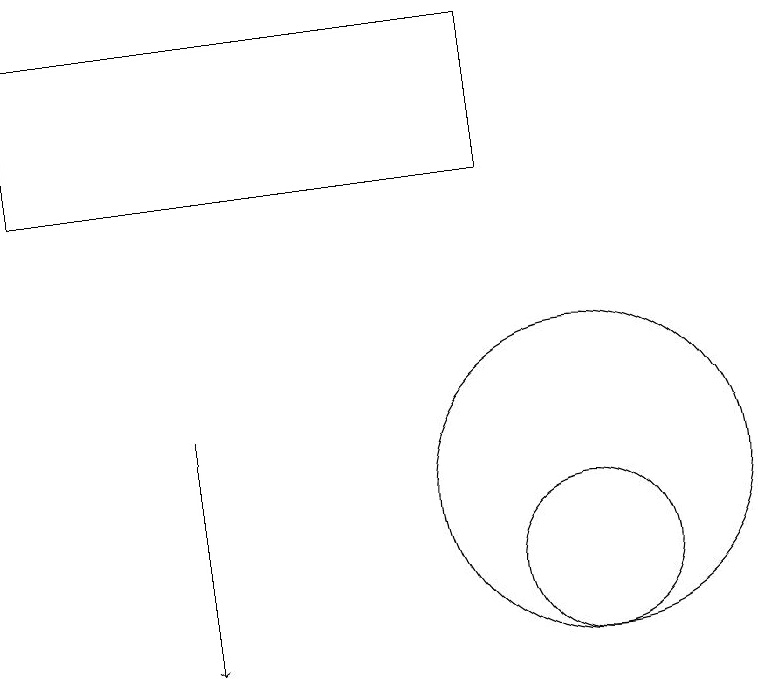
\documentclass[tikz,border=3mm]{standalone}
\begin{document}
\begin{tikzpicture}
\draw[->] (5,13) -- (5,10);
\draw (10,11) circle (1);
\draw (10,12) circle (2);
\draw (9,18) rectangle (3,16);
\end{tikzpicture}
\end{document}